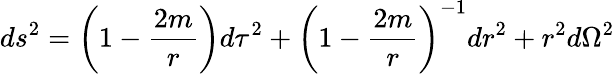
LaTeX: ds^{2}=\left(1-{\frac{2m}{r}}\right)d\tau^{2}+\left(1-{\frac{2m}{r}}\right)^{-1}dr^{2}+r^{2}d\Omega^{2}